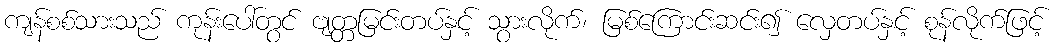
ကျန်စစ်သားသည် ကုန်းပေါ်တွင် ဗျတ္တမြင်းတပ်နှင့် သွားလိုက်၊ မြစ်ကြောင်းဆင်း၍ လှေတပ်နှင့် စုန်လိုက်ဖြင့်